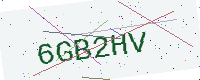
Text: 6GB2HV